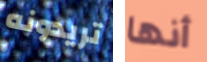
تريدونه أنها